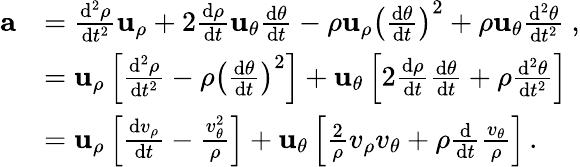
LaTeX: {\begin{array}{rl}{\mathbf{a}}&{={\frac{\mathrm{d}^{2}\rho}{\mathrm{d}t^{2}}}\mathbf{u}_{\rho}+2{\frac{\mathrm{d}\rho}{\mathrm{d}t}}\mathbf{u}_{\theta}{\frac{\mathrm{d}\theta}{\mathrm{d}t}}-\rho\mathbf{u}_{\rho}\left({\frac{\mathrm{d}\theta}{\mathrm{d}t}}\right)^{2}+\rho\mathbf{u}_{\theta}{\frac{\mathrm{d}^{2}\theta}{\mathrm{d}t^{2}}}\ ,}\\ &{=\mathbf{u}_{\rho}\left[{\frac{\mathrm{d}^{2}\rho}{\mathrm{d}t^{2}}}-\rho\left({\frac{\mathrm{d}\theta}{\mathrm{d}t}}\right)^{2}\right]+\mathbf{u}_{\theta}\left[2{\frac{\mathrm{d}\rho}{\mathrm{d}t}}{\frac{\mathrm{d}\theta}{\mathrm{d}t}}+\rho{\frac{\mathrm{d}^{2}\theta}{\mathrm{d}t^{2}}}\right]}\\ &{=\mathbf{u}_{\rho}\left[{\frac{\mathrm{d}v_{\rho}}{\mathrm{d}t}}-{\frac{v_{\theta}^{2}}{\rho}}\right]+\mathbf{u}_{\theta}\left[{\frac{2}{\rho}}v_{\rho}v_{\theta}+\rho{\frac{\mathrm{d}}{\mathrm{d}t}}{\frac{v_{\theta}}{\rho}}\right]\, .}\end{array}}